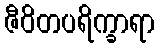
ဇီဝိတပရိက္ခာရာ